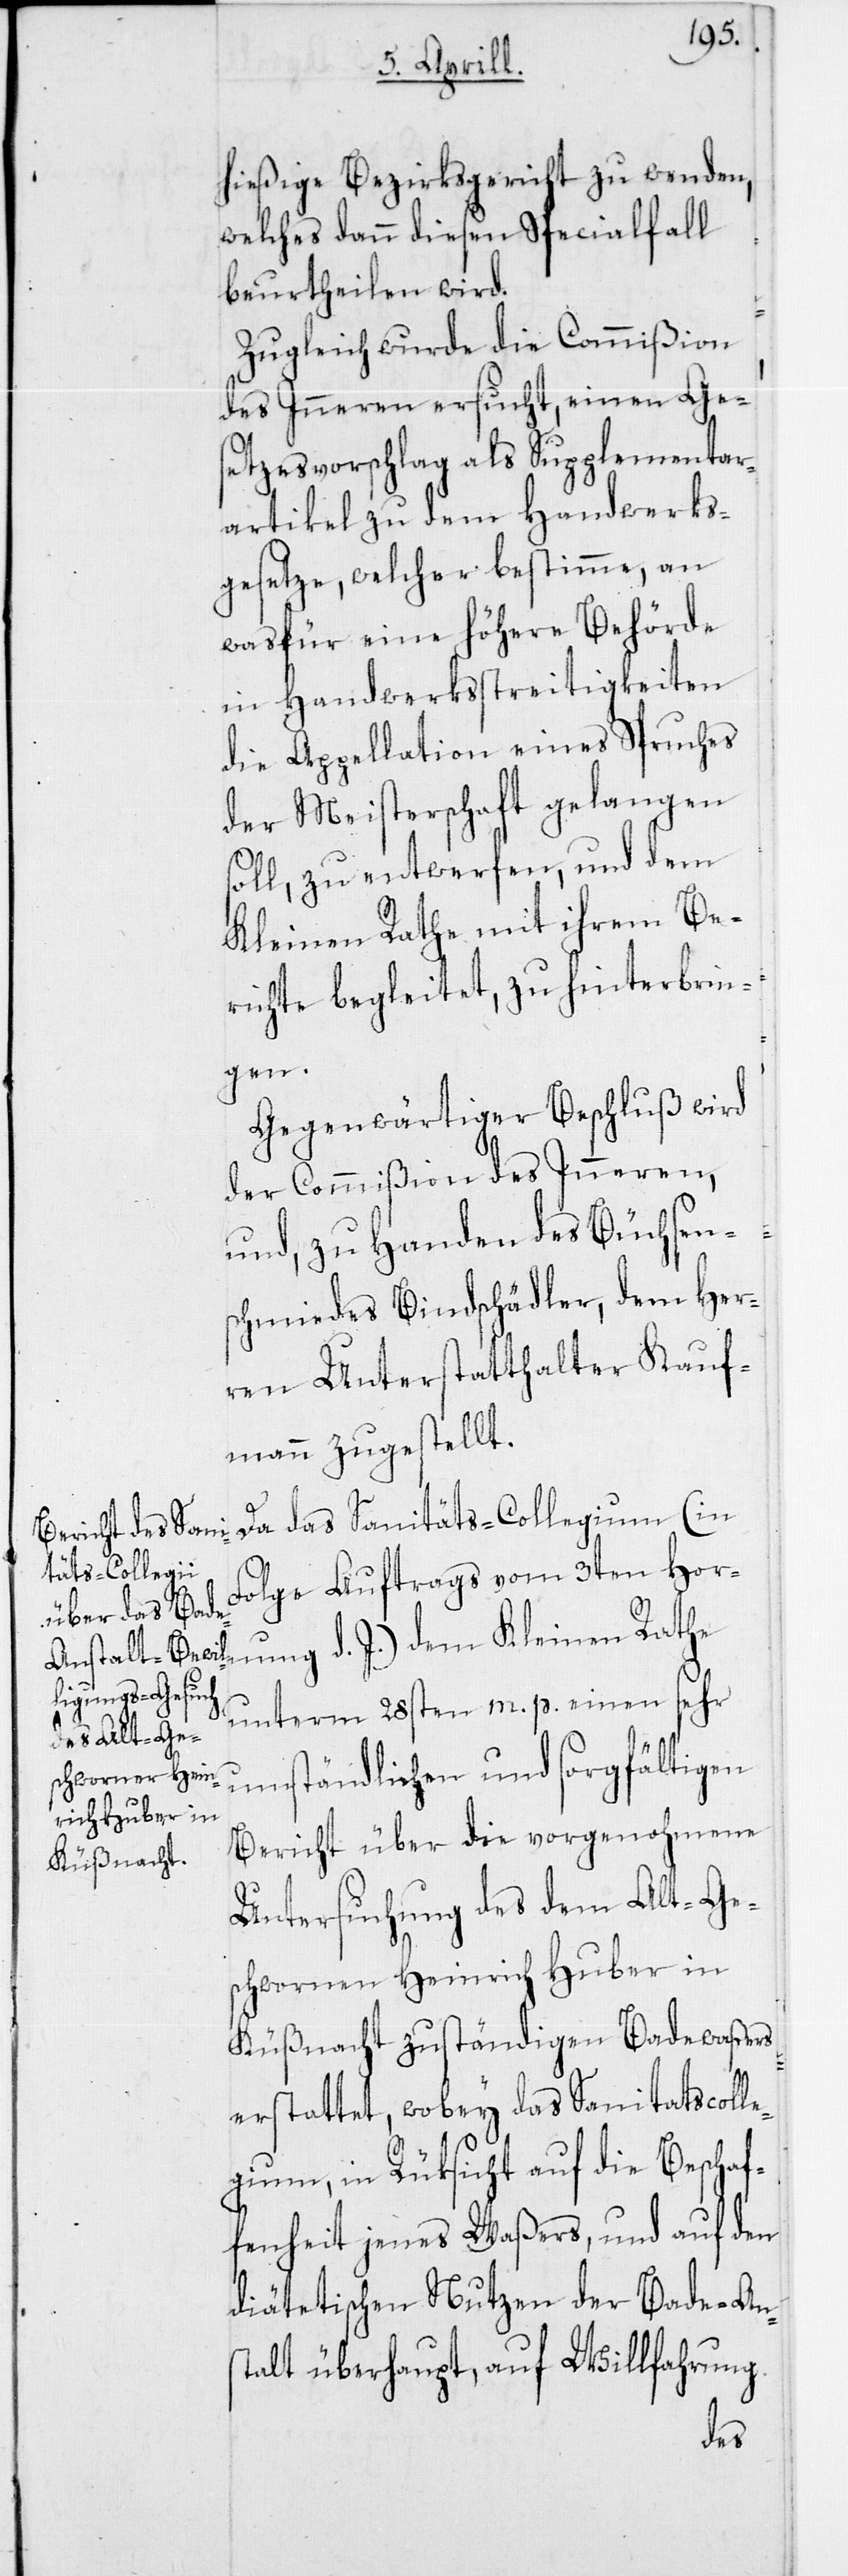
hießige Bezirkgericht zu wenden,
welches dann diesen Specialfall
beurtheilen wird.
Zugleich wurde die Commißion
des Inneren ersucht, einen Ge¬
setzesvorschlag als Supplementa¬
r-Artikel zu dem Handwerks¬
gesetze, welcher bestimme, an
was für eine höhere Behörde
in Handwerksstreitigkeiten
die Appellation eines Spruches
der Meisterschaft gelangen
soll, zu entwerfen, und dem
Kleinen Rathe mit ihrem Be¬
richte begleitet, zu hinterbrin¬
gen.
Gegenwärtiger Beschluß wird
der Commißion des Inneren,
und, zu Handen des Büchsen¬
schmiedes Bindschädler, dem Her¬
ren Unterstatthalter Kauf¬
mann zugestellt.
Da das Sanitäts-Collegium (in
Folge Auftrags vom 3ten Hor¬
nung d. J.) dem Kleinen Rathe
unterm 28sten m. p. einen sehr
umständlichen und sorgfältigen
Bericht über die vorgenohmene
Untersuchung des dem Alt-Ge¬
schwornen Heinrich Huber in
Küßnacht zuständigen Badewaßers
erstattet, wobey das Sanitätscolle¬
gium, in Rüksicht auf die Beschaf¬
fenheit jenes Waßers, und auf den
diätetischen Nutzen der Bade-Ans¬
talt überhaupt, auf Willfahrung